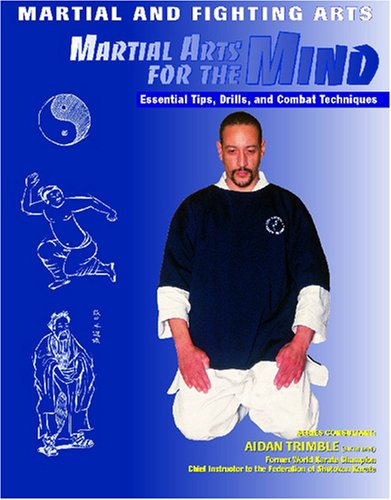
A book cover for Martial Arts for the Mind: Essential Tips, Drills, and Combat Techniques (Martial and Fighting Arts); Nathan Johnson; Teen & Young Adult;